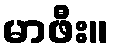
မာဖီး။